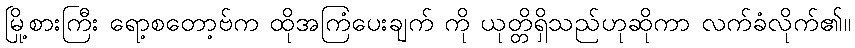
မြို့စားကြီး ရော့စတော့ဗ်က ထိုအကြံပေးချက် ကို ယုတ္တိရှိသည်ဟုဆိုကာ လက်ခံလိုက်၏။